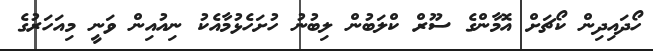
ހޯދައިދިން ކޯޗަށް އޮމާންގެ ސޫރް ކްލަބުން ލިބުނު ހުށަހެޅުމާއެކު ނިއުއިން ވަނީ މިއަހަރުގެ